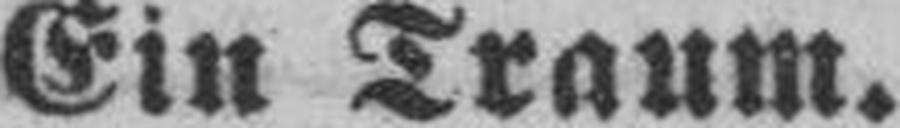
Ein Traum.